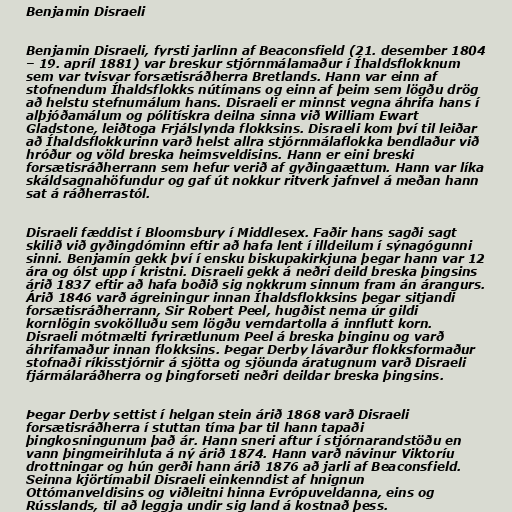
Benjamin Disraeli

Benjamin Disraeli, fyrsti jarlinn af Beaconsfield (21. desember 1804
– 19. apríl 1881) var breskur stjórnmálamaður í Íhaldsflokknum
sem var tvisvar forsætisráðherra Bretlands. Hann var einn af
stofnendum Íhaldsflokks nútímans og einn af þeim sem lögðu drög
að helstu stefnumálum hans. Disraeli er minnst vegna áhrifa hans í
alþjóðamálum og pólitískra deilna sinna við William Ewart
Gladstone, leiðtoga Frjálslynda flokksins. Disraeli kom því til leiðar
að Íhaldsflokkurinn varð helst allra stjórnmálaflokka bendlaður við
hróður og völd breska heimsveldisins. Hann er eini breski
forsætisráðherrann sem hefur verið af gyðingaættum. Hann var líka
skáldsagnahöfundur og gaf út nokkur ritverk jafnvel á meðan hann
sat á ráðherrastól.

Disraeli fæddist í Bloomsbury í Middlesex. Faðir hans sagði sagt
skilið við gyðingdóminn eftir að hafa lent í illdeilum í sýnagógunni
sinni. Benjamín gekk því í ensku biskupakirkjuna þegar hann var 12
ára og ólst upp í kristni. Disraeli gekk á neðri deild breska þingsins
árið 1837 eftir að hafa boðið sig nokkrum sinnum fram án árangurs.
Árið 1846 varð ágreiningur innan Íhaldsflokksins þegar sitjandi
forsætisráðherrann, Sir Robert Peel, hugðist nema úr gildi
kornlögin svokölluðu sem lögðu verndartolla á innflutt korn.
Disraeli mótmælti fyrirætlunum Peel á breska þinginu og varð
áhrifamaður innan flokksins. Þegar Derby lávarður flokksformaður
stofnaði ríkisstjórnir á sjötta og sjöunda áratugnum varð Disraeli
fjármálaráðherra og þingforseti neðri deildar breska þingsins.

Þegar Derby settist í helgan stein árið 1868 varð Disraeli
forsætisráðherra í stuttan tíma þar til hann tapaði
þingkosningunum það ár. Hann sneri aftur í stjórnarandstöðu en
vann þingmeirihluta á ný árið 1874. Hann varð návinur Viktoríu
drottningar og hún gerði hann árið 1876 að jarli af Beaconsfield.
Seinna kjörtímabil Disraeli einkenndist af hnignun
Ottómanveldisins og viðleitni hinna Evrópuveldanna, eins og
Rússlands, til að leggja undir sig land á kostnað þess.